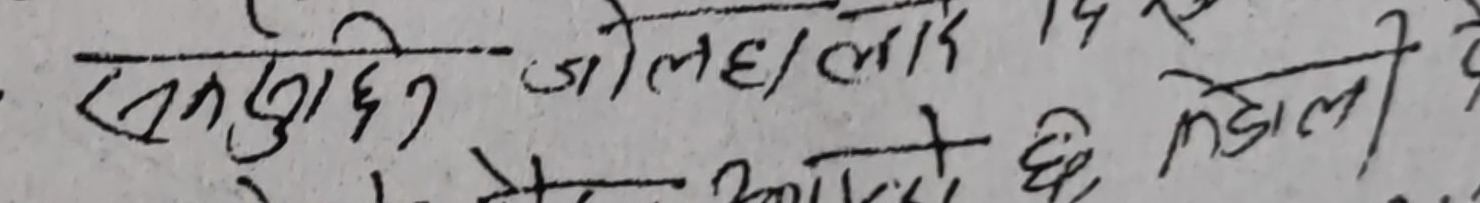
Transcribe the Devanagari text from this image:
सक्नुछिन जोलह/लादे १४ रुपैयाँ
रु. ५४० आजलाई भएको छ तेह्र दे